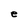
Character: e